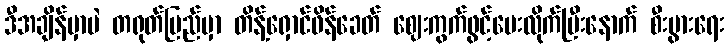
ဒီအချိန်မှာပဲ တရုတ်ပြည်မှာ တိန့်ရှောင်ဖိန်ခေတ် ဈေးကွက်ဖွင့်ပေးလိုက်ပြီးနောက် စီးပွားရေး